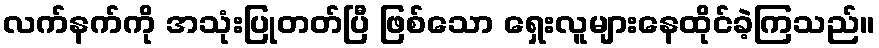
လက်နက်ကို အသုံးပြုတတ်ပြီ ဖြစ်သော ရှေးလူများနေထိုင်ခဲ့ကြသည်။